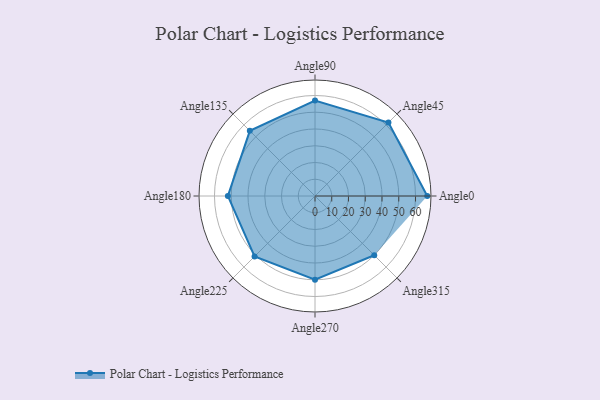
{"axis": {"x": "Angle", "y": "Radius"}, "legend": [""], "data": [{"x": "Angle0", "y": 67.0, "type": ""}, {"x": "Angle45", "y": 62.0, "type": ""}, {"x": "Angle90", "y": 57.0, "type": ""}, {"x": "Angle135", "y": 55.0, "type": ""}, {"x": "Angle180", "y": 52.0, "type": ""}, {"x": "Angle225", "y": 51.0, "type": ""}, {"x": "Angle270", "y": 50, "type": ""}, {"x": "Angle315", "y": 50, "type": ""}]}